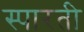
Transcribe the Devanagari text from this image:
स्पारती